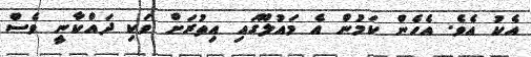
އެކު އެވެ. އެހެން ކަމުން އެ މައުލޫގައި އިތުރަށް ވަކި ދައްކާނީ ވެސް